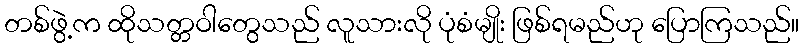
တစ်ဖွဲ့က ထိုသတ္တဝါတွေသည် လူသားလို ပုံစံမျိုး ဖြစ်ရမည်ဟု ပြောကြသည်။